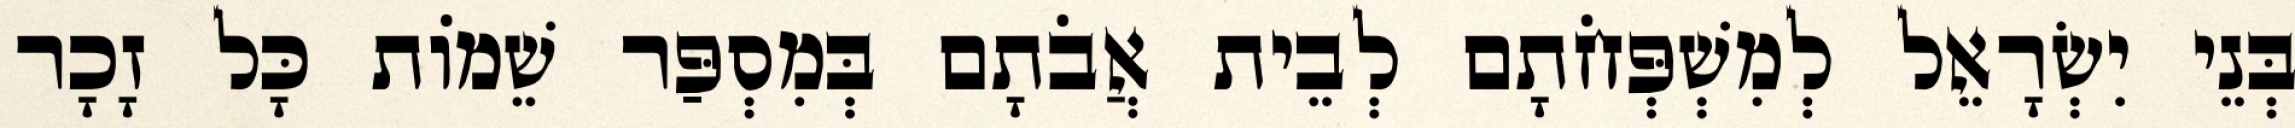
בְּנֵי יִשְׂרָאֵל לְמִשְׁפְּחֹתָם לְבֵית אֲבֹתָם בְּמִסְפַּר שֵׁמוֹת כָּל זָכָר